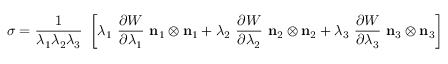
{ \boldsymbol { \sigma } } = { \frac { 1 } { \lambda _ { 1 } \lambda _ { 2 } \lambda _ { 3 } } } ~ \left[ \lambda _ { 1 } ~ { \frac { \partial W } { \partial \lambda _ { 1 } } } ~ \mathbf { n } _ { 1 } \otimes \mathbf { n } _ { 1 } + \lambda _ { 2 } ~ { \frac { \partial W } { \partial \lambda _ { 2 } } } ~ \mathbf { n } _ { 2 } \otimes \mathbf { n } _ { 2 } + \lambda _ { 3 } ~ { \frac { \partial W } { \partial \lambda _ { 3 } } } ~ \mathbf { n } _ { 3 } \otimes \mathbf { n } _ { 3 } \right]